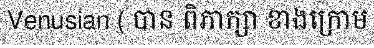
Venusian ( បាន ពិភាក្សា ខាងក្រោម